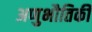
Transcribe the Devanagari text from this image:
अणुभौतिकी